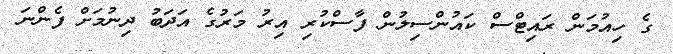
ގެ ހިއުމަން ރައިޓްސް ކައުންސިލުން ފާސްކުރި އިރު މަރުގެ އަދަބު ދިނުމަށް ފެންނަ